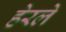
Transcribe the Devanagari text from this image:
हेरलेे